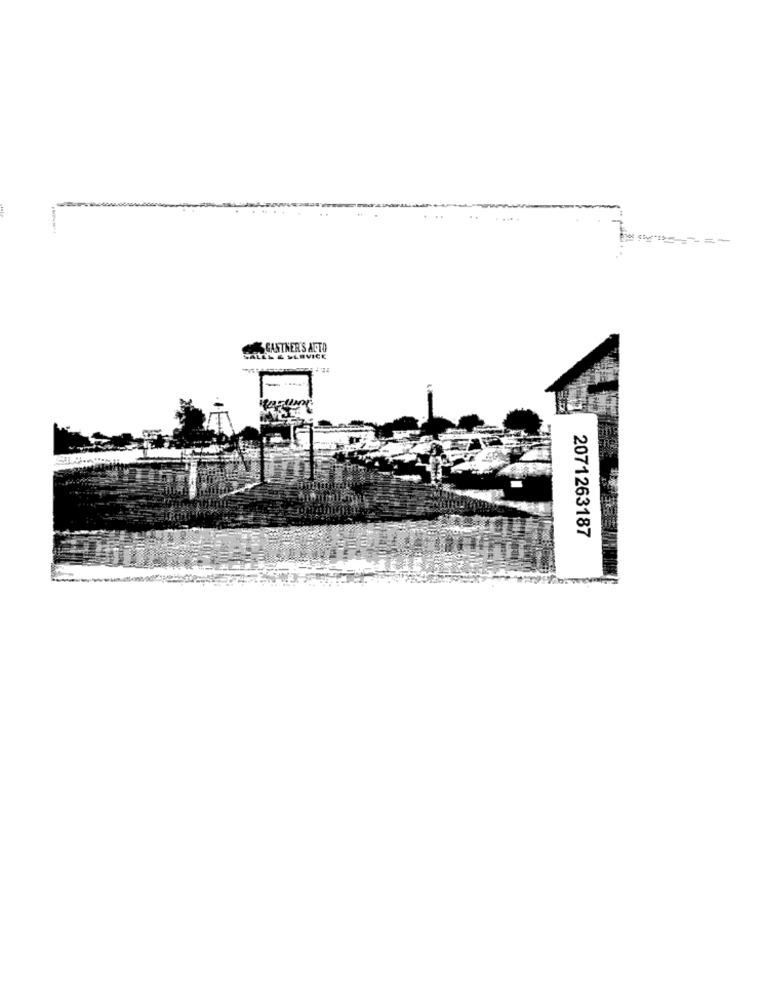
GANTNER'S ACTO
SALES & SERVICE
2071263187